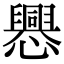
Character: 𢤀